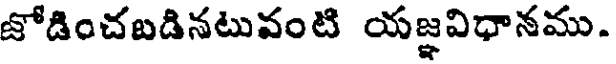
జోడించబడినటువంటి యజ్ఞవిధానము.